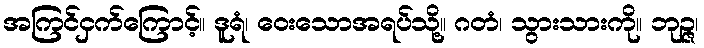
အကြင်ငှက်ကြောင့်။ ဒူရံ၊ ဝေးသောအရပ်သို့။ ဂတံ၊ သွားသားကို။ ဘုဉ္ဇ၊